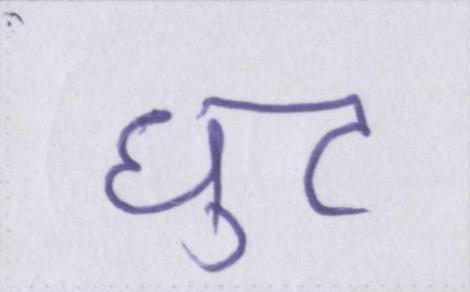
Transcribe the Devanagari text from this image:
घुट